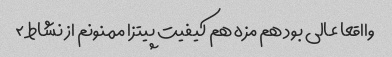
وااقعا عالی بود هم مزه هم کیفیت پیتزا ممنونم از نشاط ۲